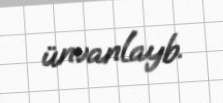
ünvanlayb.